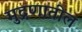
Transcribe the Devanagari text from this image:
मुद्रणातील